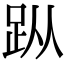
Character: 𧿛